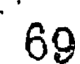
69